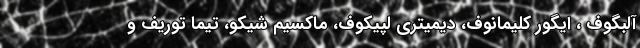
آلبگوف ، ایگور کلیمانوف، دیمیتری لپیکوف، ماکسیم شیکو، تیما توریف و